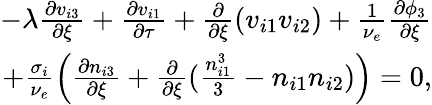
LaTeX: \begin{array}{r}{-\lambda\frac{\partial v_{i3}}{\partial\xi}+\frac{\partial v_{i1}}{\partial\tau}+\frac{\partial}{\partial\xi}(v_{i1}v_{i2})+\frac{1}{\nu_{e}}\frac{\partial\phi_{3}}{\partial\xi}}\\ {+\frac{\sigma_{i}}{\nu_{e}}\left(\frac{\partial n_{i3}}{\partial\xi}+\frac{\partial}{\partial\xi}(\frac{n_{i1}^{3}}{3}-n_{i1}n_{i2})\right)=0,}\end{array}